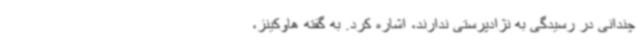
چندانی در رسیدگی به نژادپرستی ندارند، اشاره کرد. به گفته هاوکینز،